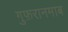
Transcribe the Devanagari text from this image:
गुफ़रानमाब